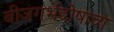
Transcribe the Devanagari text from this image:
बीजगर्भदोषाचा